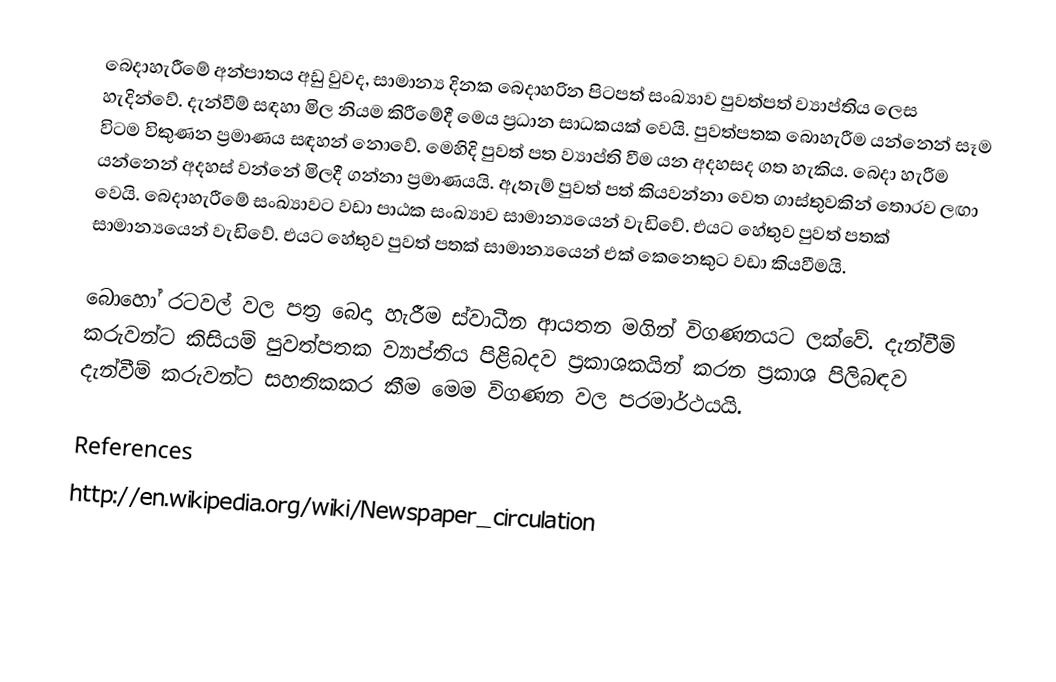
බෙදාහැරීමේ අන්පාතය අඩු වුවද, සාමාන්‍ය දිනක බෙදාහරින පිටපත් සංඛ්‍යාව පුවත්පත් ව්‍යාප්තිය ලෙස හැදින්වේ. දැන්වීම් සඳහා මිල නියම කිරීමේදී මෙය ප්‍රධාන සාධකයක් වෙයි. පුවත්පතක බොහැරීම යන්නෙන් සෑම විටම විකුණන ප්‍රමාණය සඳහන් නොවේ. මෙහිදි පුවත් පත ව්‍යාප්ති වීම යන අදහසද ගත හැකිය. බෙදා හැරීම යන්නෙන් අදහස් වන්නේ මිලදී ගන්නා ප්‍රමාණයයි.  ඇතැම් පුවත් පත් කියවන්නා වෙත ගාස්තුවකින් තොරව ලඟා වෙයි. බෙදාහැරීමේ සංඛ්‍යාවට වඩා පාඨක සංඛ්‍යාව සාමාන්‍යයෙන් වැඩිවේ. එයට හේතුව පුවත් පතක් සාමාන්‍යයෙන් වැඩිවේ. එයට හේතුව පුවත් පතක් සාමාන්‍යයෙන් එක් කෙනෙකුට වඩා කියවීමයි.

බොහෝ ර‍ටවල් වල පත්‍ර බෙදා හැරීම ස්වාධීන ආයතන මගින් විගණනයට ලක්වේ. දැන්වීම් කරුවන්ට කිසියම් පුවත්පතක ව්‍යාප්තිය පිළිබදව ප්‍රකාශකයින් කරන ප්‍රකාශ පිලිබඳව දැන්වීම් කරුවන්ට සහතිකකර කීම මෙම විගණන වල පරමාර්ථයයි.

References
http://en.wikipedia.org/wiki/Newspaper_circulation